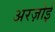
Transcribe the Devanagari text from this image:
अरज़ोई